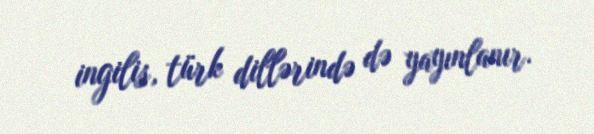
ingilis, türk dillərində də yayınlanır.